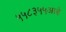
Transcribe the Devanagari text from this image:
५५८३५५आहे